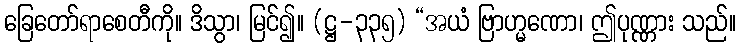
ခြေတော်ရာစေတီကို။ ဒိသွာ၊ မြင်၍။ (ဋ္ဌ-၃၃၅) “အယံ ဗြာဟ္မဏော၊ ဤပုဏ္ဏား သည်။